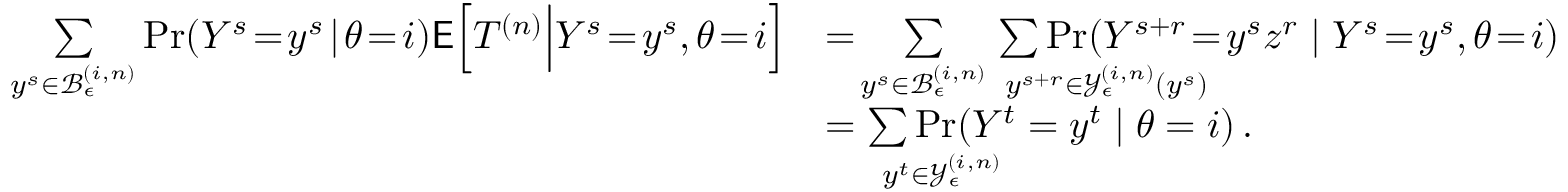
\begin{array} { r l } { \underset { y ^ { s } \in \mathcal { B } _ { \epsilon } ^ { ( i , n ) } } { \sum } \operatorname* { P r } ( Y ^ { s } \! = \! y ^ { s } \! \mid \! \theta \! = \! i ) \mathsf { E } \Big [ T ^ { ( n ) } \Big | Y ^ { s } \! = \! y ^ { s } , \theta \! = \! i \Big ] } & { = \! \underset { y ^ { s } \in \mathcal { B } _ { \epsilon } ^ { ( i , n ) } } { \sum } \underset { y ^ { s + r } \in \mathcal { Y } _ { \epsilon } ^ { ( i , n ) } ( y ^ { s } ) } { \sum \operatorname* { P r } ( Y ^ { s + r } \! = \! } y ^ { s } z ^ { r } \mid Y ^ { s } \! = \! y ^ { s } , \theta \! = \! i ) } \\ & { = \underset { y ^ { t } \in \mathcal { Y } _ { \epsilon } ^ { ( i , n ) } } { \sum \operatorname* { P r } ( Y ^ { t } } = y ^ { t } \mid \theta = i ) \, . } \end{array}